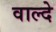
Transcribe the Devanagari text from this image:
वाल्दे